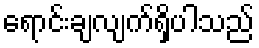
ရောင်းချလျက်ရှိပါသည်